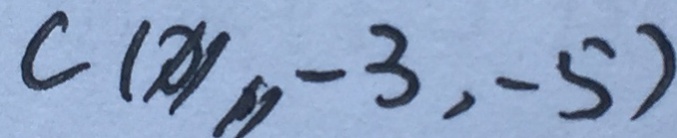
C ( x _ { 1 } , - 3 , - 5 )